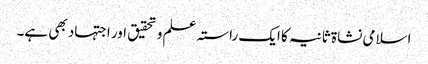
اسلامی نشاۃ ثانیہ کا ایک راستہ علم و تحقیق اور اجتہاد بھی ہے۔